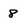
Character: 8